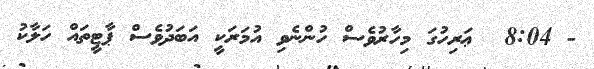
- 8:04  ޢަރިހުގަ މިހާރުވެސް ހުންނެވި އުމަރަކީ އަބަދުވެސް ޕާޓީތައް ހަލާކު